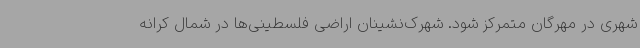
شهری در مهرگان متمرکز شود. شهرک‌نشینان اراضی فلسطینی‌ها در شمال کرانه